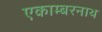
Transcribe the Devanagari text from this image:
एकाम्बरनाथ